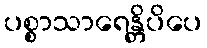
ပစ္စာသာရေန္တိပိပေ